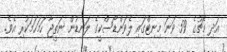
އަދި މެޗުގެ 59 ވަނަ މިނިޓްގައި ލެވަންޑޯސްކީގެ ލަނޑުން ނަތީޖާ ހަމަހަމަކުރި އެވެ.